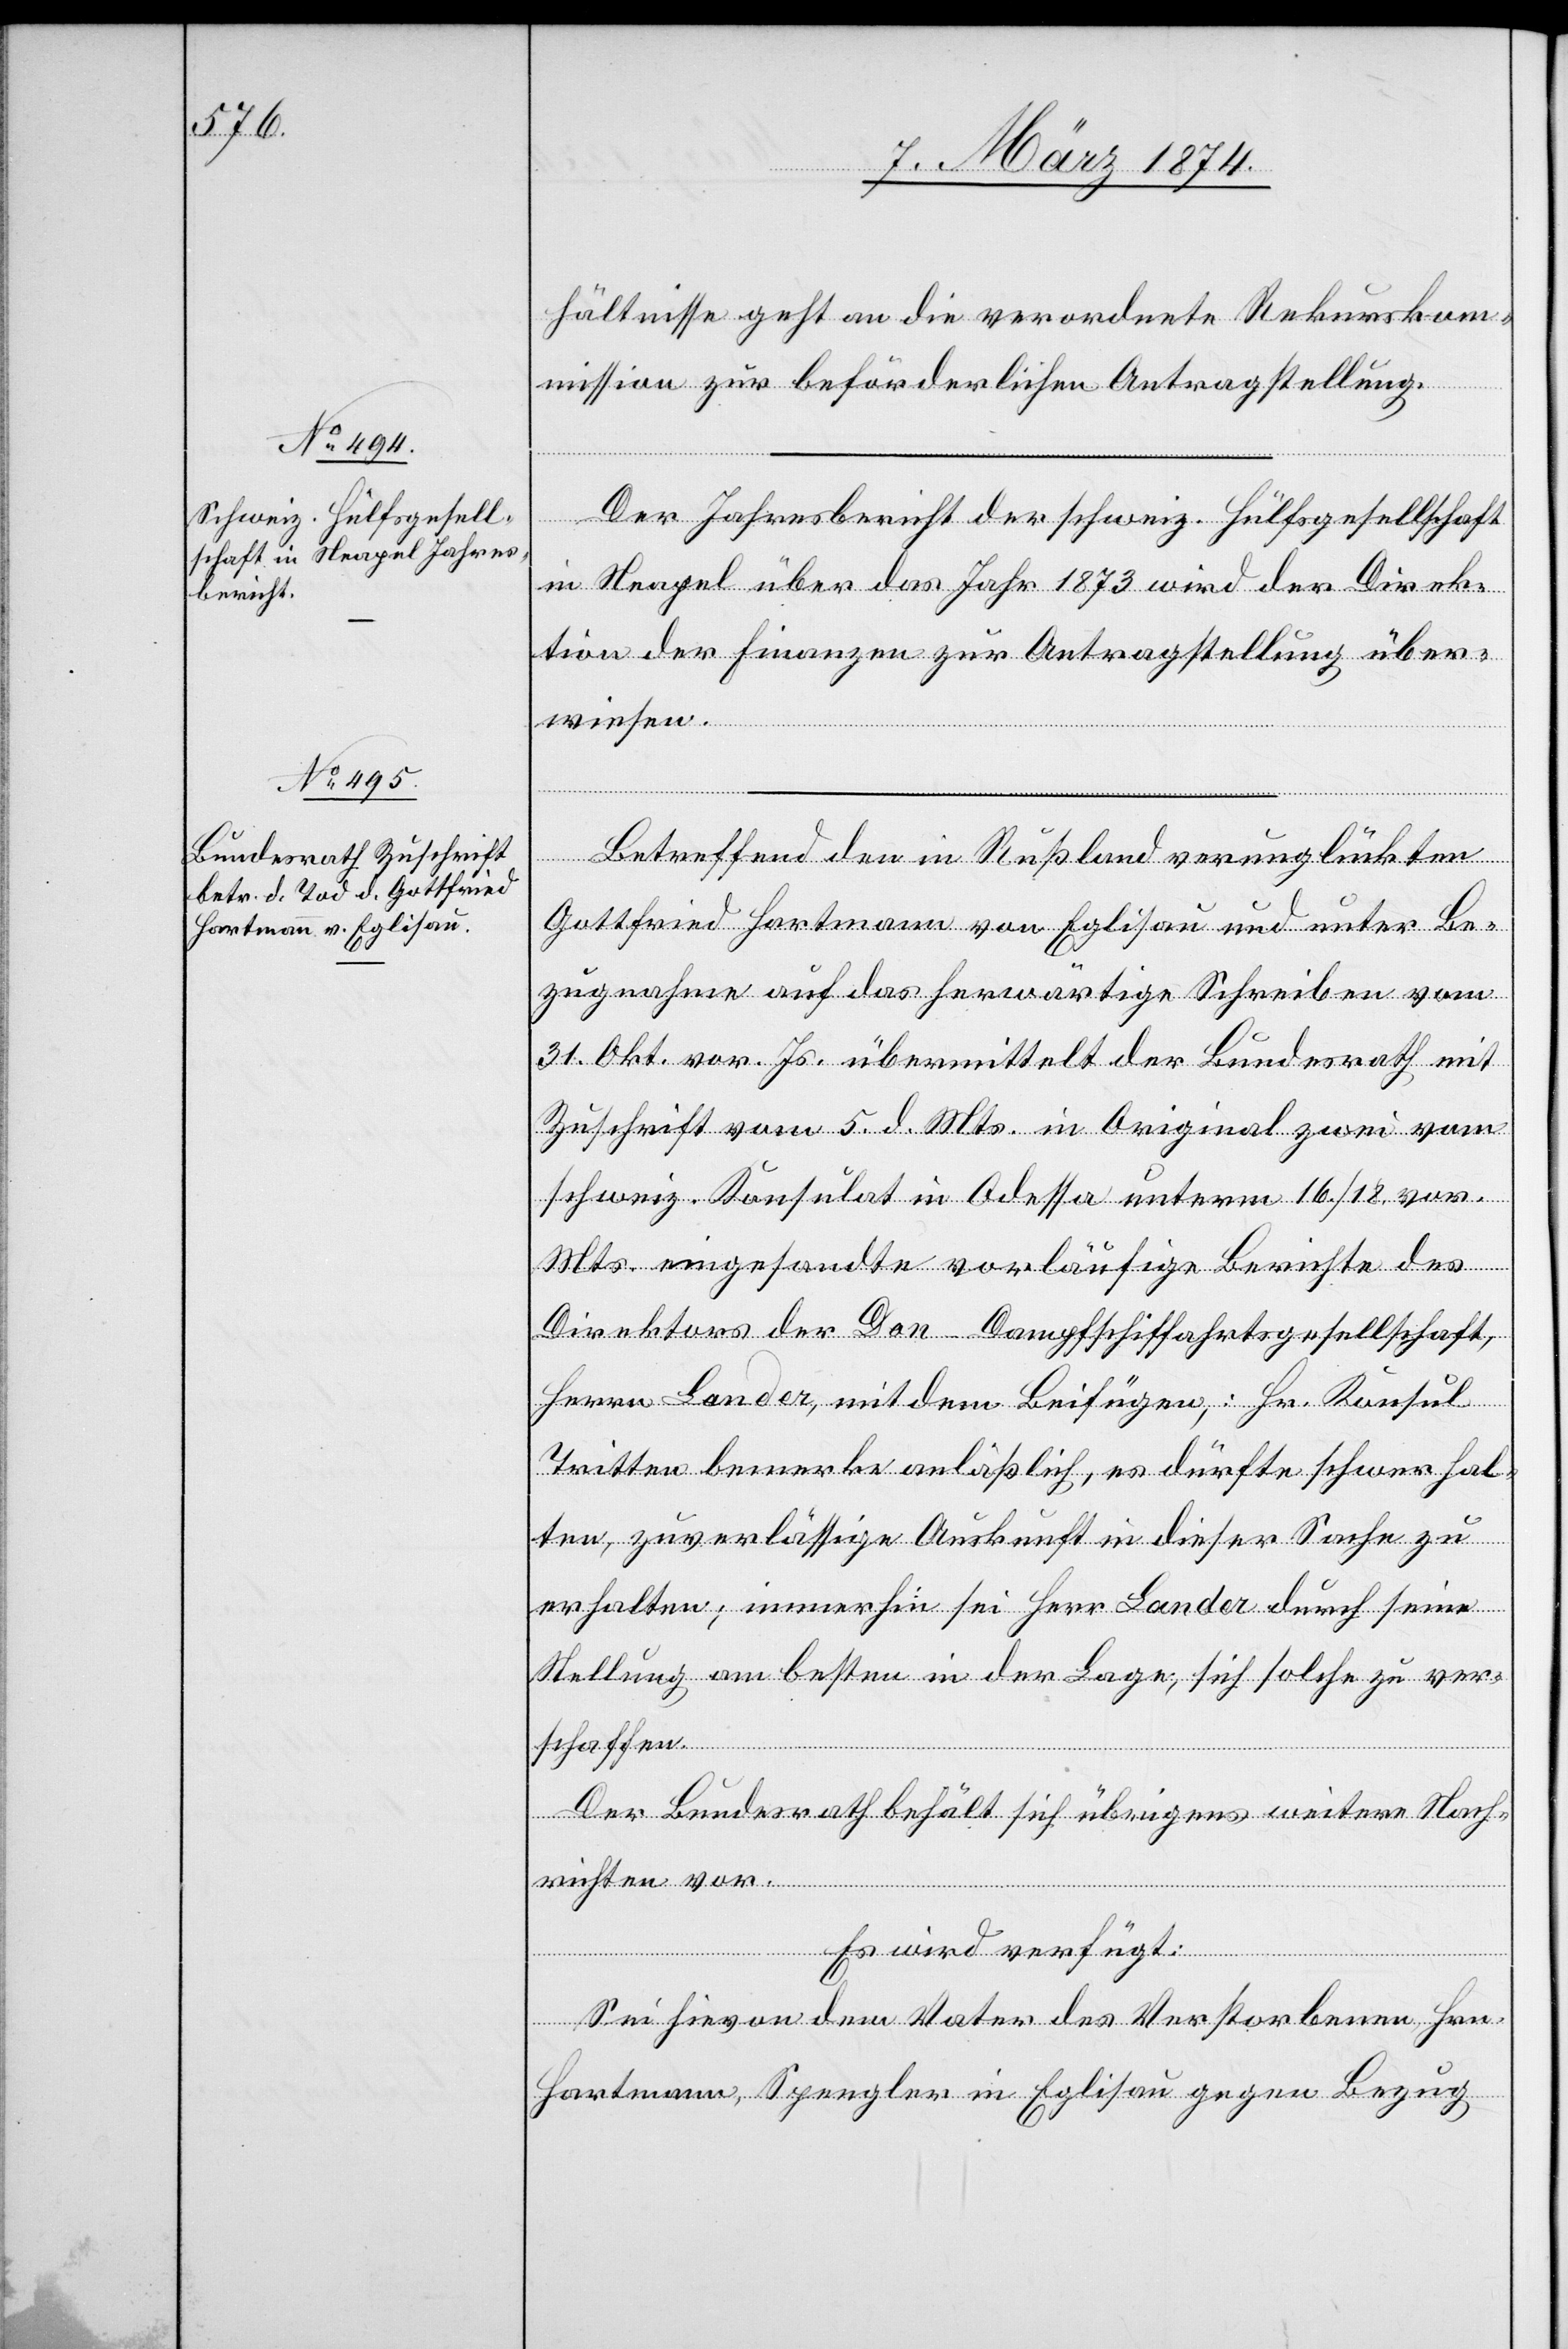
9. März 1874.]
hältnisse geht an die verordnete Rekursko¬
mission zur beförderlichen Antragstellung.
Der Jahresbericht der schweiz. Hülfsgesellschaft
in Neapel über das Jahr 1873 wird der Direk¬
tion der Finanzen zur Antragstellung über¬
wiesen.
Betreffend den in Rußland verunglückten
Gottfried Hartmann von Eglisau und unter Be¬
zugnahme auf das herwärtige Schreiben vom
31. Okt. vor. Js. übermittelt der Bundesrath mit
Zuschrift vom 5. d. Mts. in Original zwei vom
schweiz. Konsulat in Odessa unterm 16./18. vor.
Mts. eingesandte vorläufige Berichte des
Direktors der Don-Dampfschiffahrtsgesellschaft,
Herrn Lander, mit dem Beifügen, Hr. Konsul
Tritten bemerke anläßlich, es dürfte schwer hal¬
ten, zuverlässige Auskunft in dieser Sache zu
erhalten; immerhin sei Herr Lander durch seine
Stellung am besten in der Lage, sich solche zu ver¬
schaffen.
Der Bundesrath behält sich übrigens weitere Nach¬
richten vor.
Es wird verfügt:
Sei hievon dem Vater des Verstorbenen Hrn.
Hartmann, Spengler in Eglisau gegen Bezug